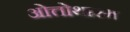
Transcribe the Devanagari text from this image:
ओत्तोथारम